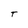
Character: T